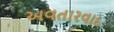
અવતારવાદ